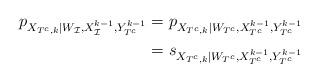
LaTeX: \begin{align*} p_{X_{T^c,k}|W_{\mathcal{I}}, X_{\mathcal{I}}^{k-1}, Y_{T^c}^{k-1}} &\stackrel{}{=} p_{X_{T^c,k}|W_{T^c}, X_{T^c}^{k-1}, Y_{T^c}^{k-1}} \\ &\stackrel{}{=} s_{X_{T^c,k}|W_{T^c},X_{T^c}^{k-1},Y_{T^c}^{k-1}} \end{align*}